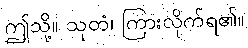
ဤသို့။ သုတံ၊ ကြားလိုက်ရ၏။